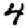
Digit: 4